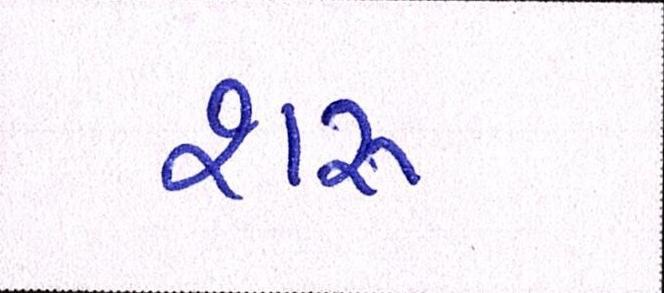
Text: શરુ